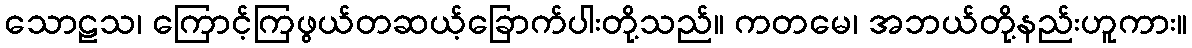
သောဠသ၊ ကြောင့်ကြဖွယ်တဆယ့်ခြောက်ပါးတို့သည်။ ကတမေ၊ အဘယ်တို့နည်းဟူကား။